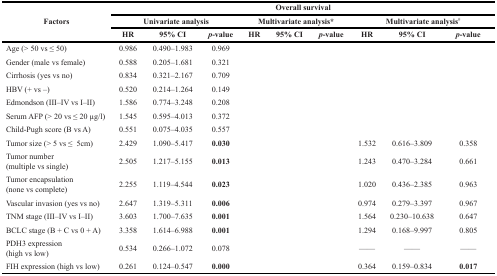
<table><thead><tr><td rowspan="3"><b>Factors</b></td><td colspan="9"><b>Overall survival</b></td></tr><tr><td colspan="3"><b>Univariate analysis</b></td><td colspan="3"><b>Multivariate analysis*</b></td><td colspan="3"><b>Multivariate analysis<sup>#</sup></b></td></tr><tr><td><b>HR</b></td><td><b>95% CI</b></td><td><b><i>p</i>-value</b></td><td><b>HR</b></td><td><b>95% CI</b></td><td><b><i>p</i>-value</b></td><td><b>HR</b></td><td><b>95% CI</b></td><td><b><i>p</i>-value</b></td></tr></thead><tbody><tr><td>Age (&gt; 50 vs ≤ 50)</td><td>0.986</td><td>0.490–1.983</td><td>0.969</td><td></td><td></td><td></td><td></td><td></td><td></td></tr><tr><td>Gender (male vs female)</td><td>0.588</td><td>0.205–1.681</td><td>0.321</td><td></td><td></td><td></td><td></td><td></td><td></td></tr><tr><td>Cirrhosis (yes vs no)</td><td>0.834</td><td>0.321–2.167</td><td>0.709</td><td></td><td></td><td></td><td></td><td></td><td></td></tr><tr><td>HBV (+ vs –)</td><td>0.520</td><td>0.214–1.264</td><td>0.149</td><td></td><td></td><td></td><td></td><td></td><td></td></tr><tr><td>Edmondson (III–IV vs I–II)</td><td>1.586</td><td>0.774–3.248</td><td>0.208</td><td></td><td></td><td></td><td></td><td></td><td></td></tr><tr><td>Serum AFP (&gt; 20 vs ≤ 20 μg/l)</td><td>1.545</td><td>0.595–4.013</td><td>0.372</td><td></td><td></td><td></td><td></td><td></td><td></td></tr><tr><td>Child-Pugh score (B vs A)</td><td>0.551</td><td>0.075–4.035</td><td>0.557</td><td></td><td></td><td></td><td></td><td></td><td></td></tr><tr><td>Tumor size (&gt; 5 vs ≤ 5cm)</td><td>2.429</td><td>1.090–5.417</td><td><b>0.030</b></td><td></td><td></td><td></td><td>1.532</td><td>0.616–3.809</td><td>0.358</td></tr><tr><td>Tumor number (multiple vs single)</td><td>2.505</td><td>1.217–5.155</td><td><b>0.013</b></td><td></td><td></td><td></td><td>1.243</td><td>0.470–3.284</td><td>0.661</td></tr><tr><td>Tumor encapsulation (none vs complete)</td><td>2.255</td><td>1.119–4.544</td><td><b>0.023</b></td><td></td><td></td><td></td><td>1.020</td><td>0.436–2.385</td><td>0.963</td></tr><tr><td>Vascular invasion (yes vs no)</td><td>2.647</td><td>1.319–5.311</td><td><b>0.006</b></td><td></td><td></td><td></td><td>0.974</td><td>0.279–3.397</td><td>0.967</td></tr><tr><td>TNM stage (III–IV vs I–II)</td><td>3.603</td><td>1.700–7.635</td><td><b>0.001</b></td><td></td><td></td><td></td><td>1.564</td><td>0.230–10.638</td><td>0.647</td></tr><tr><td>BCLC stage (B + C vs 0 + A)</td><td>3.358</td><td>1.614–6.988</td><td><b>0.001</b></td><td></td><td></td><td></td><td>1.294</td><td>0.168–9.997</td><td>0.805</td></tr><tr><td>PDH3 expression (high vs low)</td><td>0.534</td><td>0.266–1.072</td><td>0.078</td><td></td><td></td><td></td><td>——</td><td>——</td><td>——</td></tr><tr><td>FIH expression (high vs low)</td><td>0.261</td><td>0.124–0.547</td><td><b>0.000</b></td><td></td><td></td><td></td><td>0.364</td><td>0.159–0.834</td><td><b>0.017</b></td></tr></tbody></table>